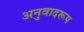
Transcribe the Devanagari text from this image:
अनुवादरूप